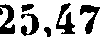
25,47